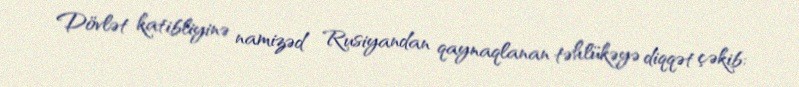
Dövlət katibliyinə namizəd Rusiyandan qaynaqlanan təhlükəyə diqqət çəkib: